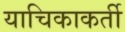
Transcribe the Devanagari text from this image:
याचिकाकर्ती